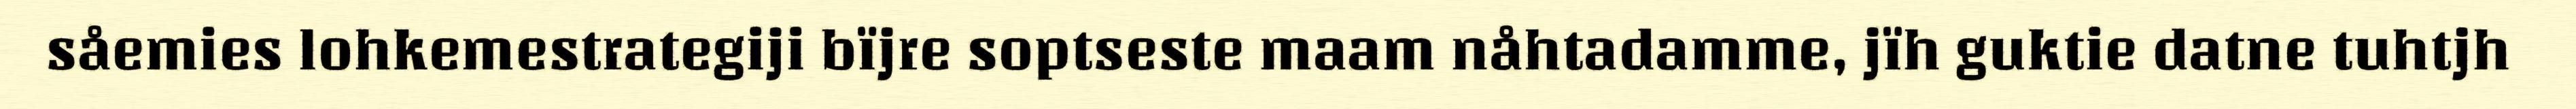
såemies lohkemestrategiji bïjre soptseste maam nåhtadamme, jïh guktie datne tuhtjh